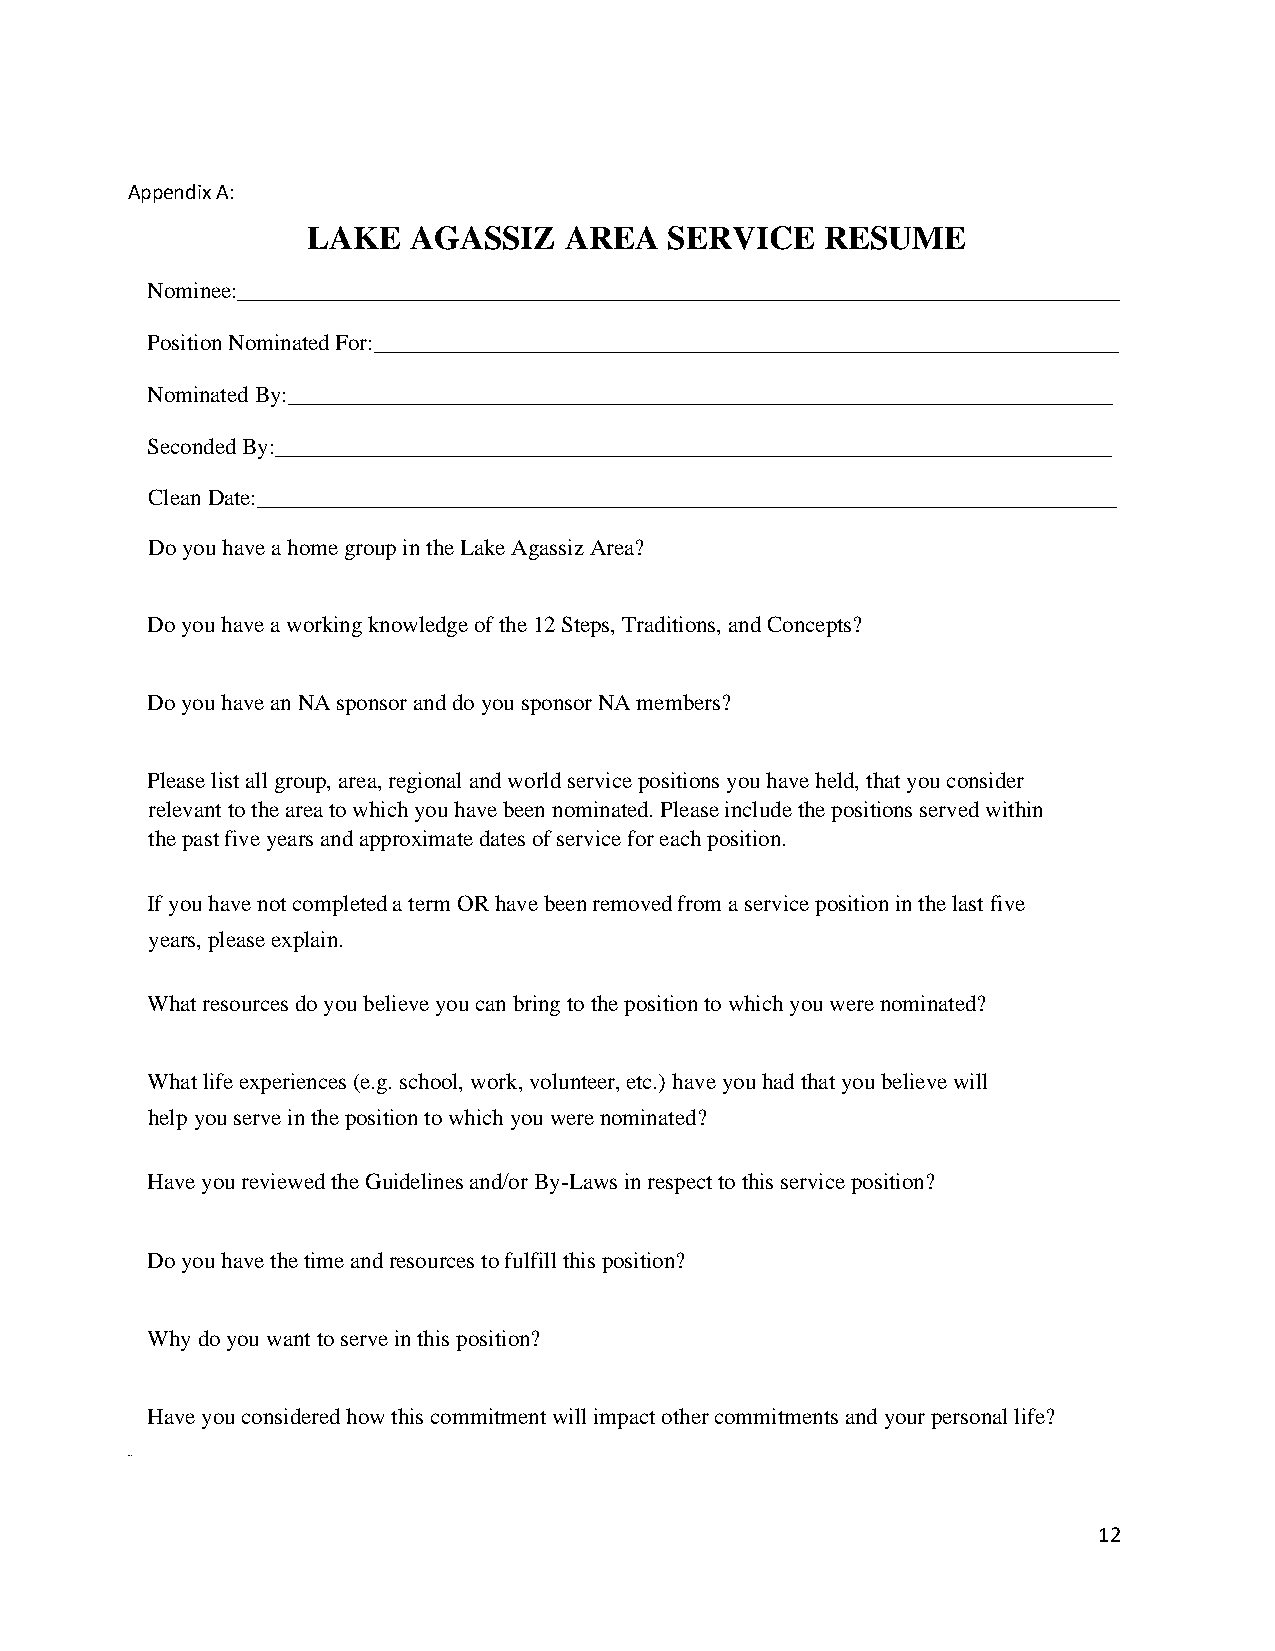
Appendix A:
 LAKE   AGASSIZ   AREA   SERVICE    RESUME
 Nominee:_____________________________________________________________________________
 Position Nominated For:_________________________________________________________________
 Nominated By:________________________________________________________________________
 Seconded By:_________________________________________________________________________
 Clean Date:___________________________________________________________________________
 Do you have a home group in the Lake Agassiz Area?
 Do you have a working knowledge of the 12 Steps, Traditions, and Concepts?
 Do you have an NA sponsor and do you sponsor NA members?
 Please list all group, area, regional and world service positions you have held, that you consider
 relevant to the area to which you have been nominated. Please include the positions served within
 the past five years and approximate dates of service for each position.
 If you have not completed a term OR have been removed from a service position in the last five
 years, please explain.
 What resources do you believe you can bring to the position to which you were nominated?
 What life experiences (e.g. school, work, volunteer, etc.) have you had that you believe will
 help you serve in the position to which you were nominated?
 Have you reviewed the Guidelines and/or By-Laws in respect to this service position?
 Do you have the time and resources to fulfill this position?
 Why do you want to serve in this position?
 Have you considered how this commitment will impact other commitments and your personal life?
 Date
 12